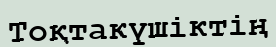
Тоқтакүшіктің